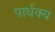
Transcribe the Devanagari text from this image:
पार्धक्य